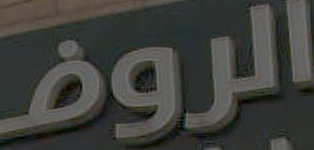
الروض